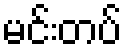
မင်းတပ်